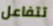
تتفاعل